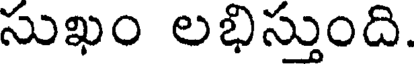
సుఖం లభిస్తుంది.